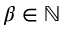
\beta \in \mathbb N